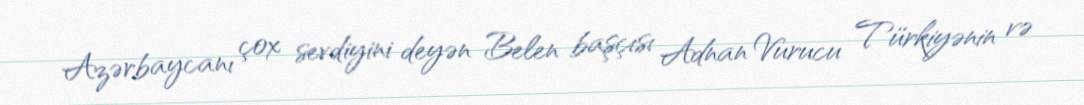
Azərbaycanı çox sevdiyini deyən Belen başçısı Adnan Vurucu Türkiyənin və